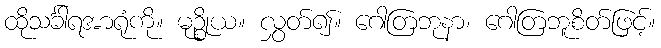
ထိုသင်္ခါရအာရုံကို။ မုဉ္စိုယ။ လွှတ်၍။ ဂေါတြဘုနာ၊ ဂေါတြဘူစိတ်ဖြင့်။